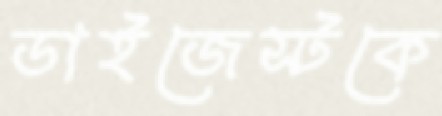
ডাইজেস্টকে